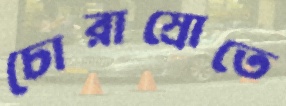
চোরাস্রোতে